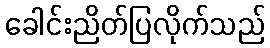
ခေါင်းညိတ်ပြလိုက်သည်